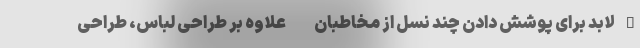
– لابد برای پوشش دادن چند نسل از مخاطبان - علاوه بر طراحی لباس، طراحی